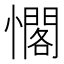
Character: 𭟉